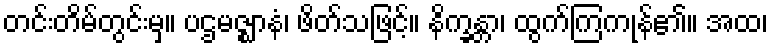
တင်းတိမ်တွင်းမှ။ ပဌမဇ္ဈာနံ၊ ဖိတ်သဖြင့်။ နိက္ခန္တာ၊ ထွက်ကြကုန်၏။ အထ၊